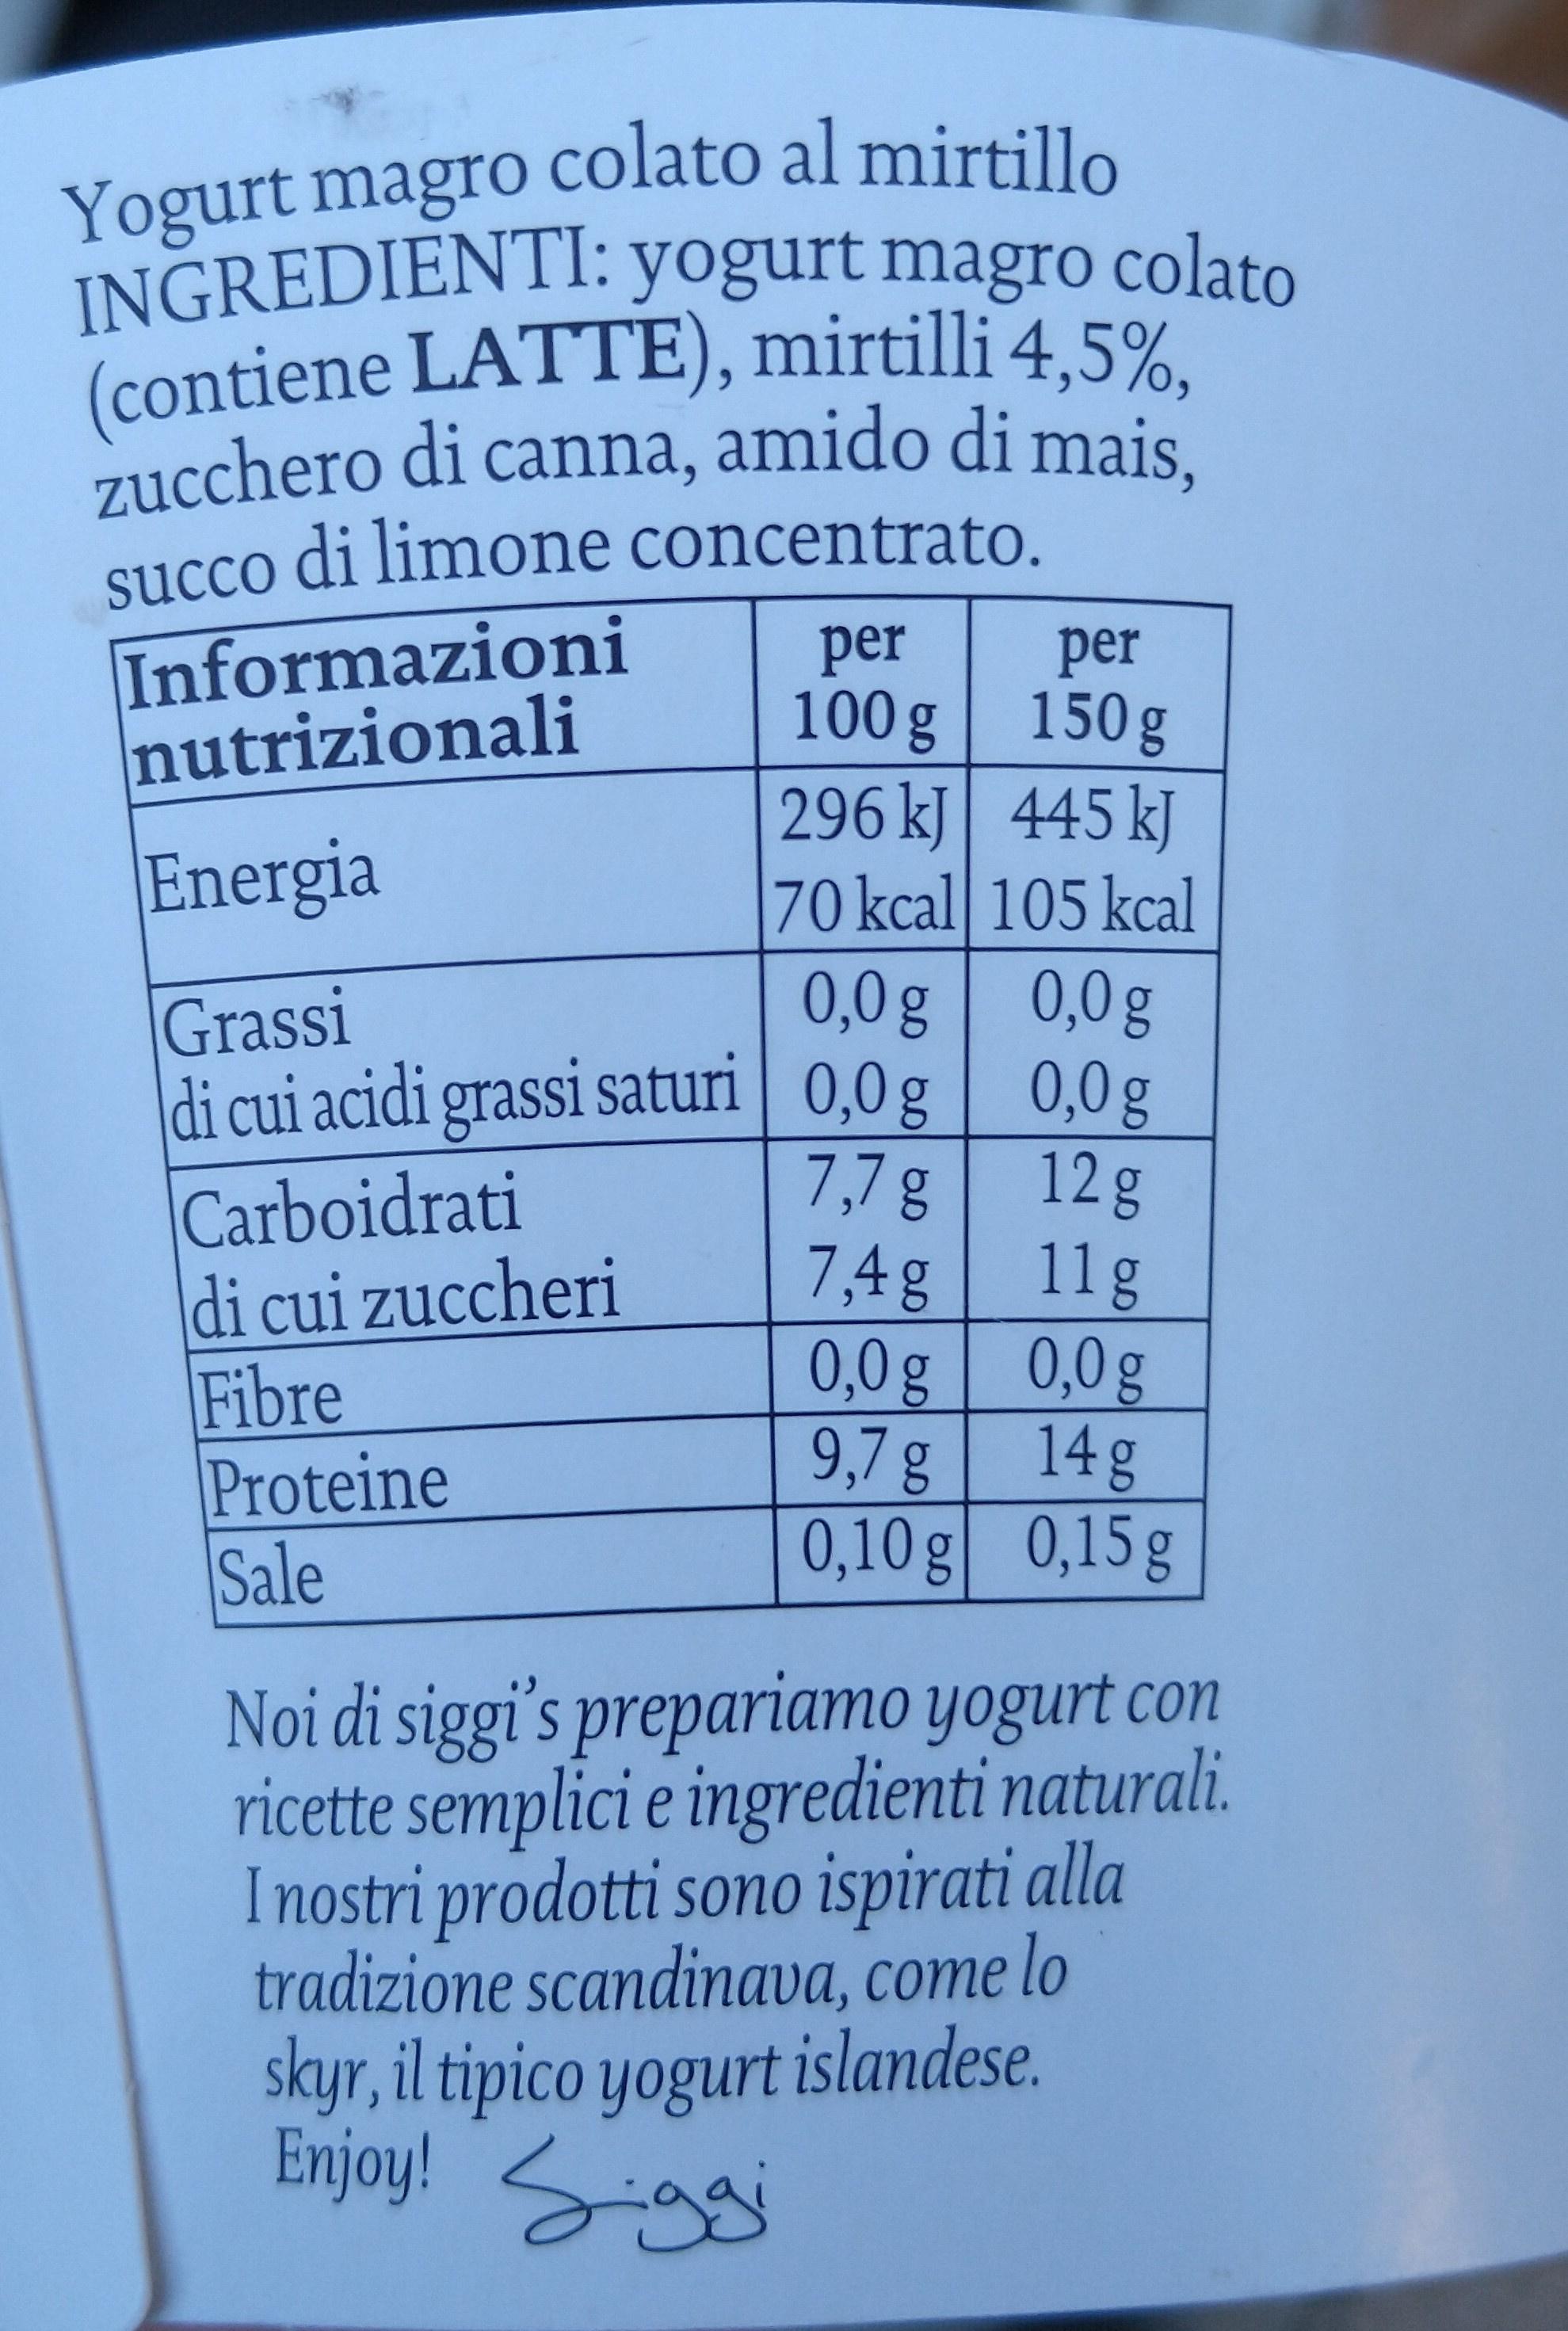
Yogurt magro colato al mirtillo INGREDIENTI: yogurt magro colato (contiene LATTE), mirtilli 4,5%, zucchero di canna, amido di mais, succo di limone concentrato. Informazioni nutrizionali
per 100g 150g 296 kJ 445 kJ 70 kcal 105 kcal 0,0g 0,0g
per
Energia
Grassi di cui acidi grassi saturi | 0,0 g | 0,0g
7,7g
12g
Carboidrati di cui zuccheri Fibre Proteine Sale
11g
7,4 g 0,0g 0,0g 9,7g
14g 0,10g 0,15g
Noi di siggi's prepariamo yogurt con ricette semplici e ingredienti naturali. Inostri prodotti sono ispirati alla tradizione scandinava, come lo skyr, il tipico yogurt islandese. Enjoy! Sg